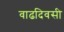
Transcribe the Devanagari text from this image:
वाढदिवसी